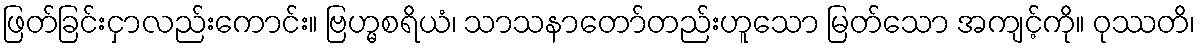
ဖြတ်ခြင်းငှာလည်းကောင်း။ ဗြဟ္မစရိယံ၊ သာသနာတော်တည်းဟူသော မြတ်သော အကျင့်ကို။ ဝုဿတိ၊